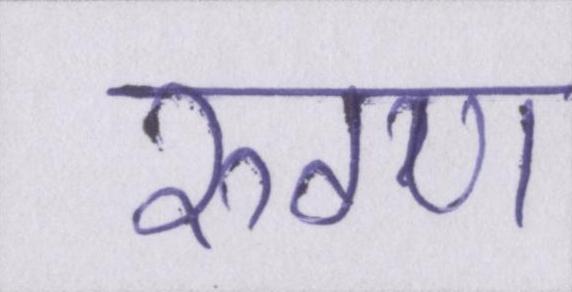
रुग्ण